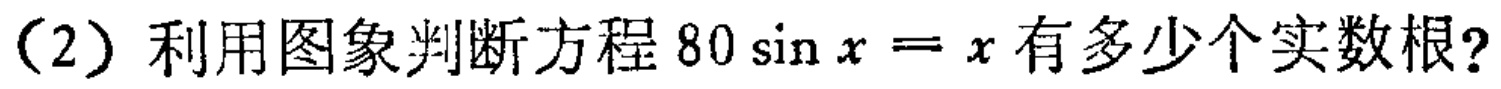
（2）利用图象判断方程\(80\sin x = x\)有多少个实数根?